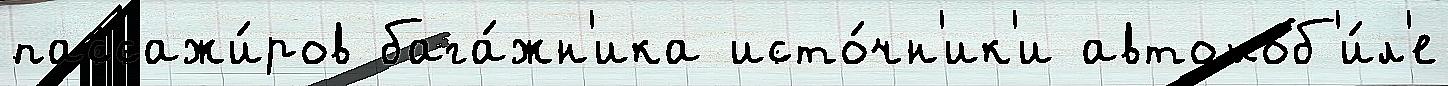
пассажи́ров бага́жн'ика исто́чн'ик'и автомоб'и́л'е